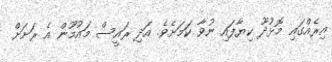
އިރެއްގައި މޮޅުދޫ ކިޔާފައި ނުވާ ކަމަށެވެ. އަދި ރައީސް މައުމޫން އެ ރަށަށް